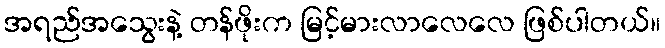
အရည်အသွေးနဲ့ တန်ဖိုးက မြင့်မားလာလေလေ ဖြစ်ပါတယ်။